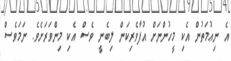
އެ ނިޢުމަތުން އެކި މީހުންނަށް އުފާވެރިކަން ލިބެނީ ވެސް އެކި މިންވަރަށެވެ. ނަމަވެސް